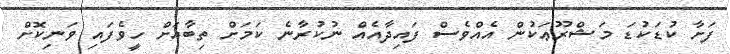
ފަށާ ކުޑަކުޑަ މަޝްރޫޢަކުން އެއްވެސް ފައިދާއެއް ނުކުރާނެ ކަމަށް ތިބާއަށް ހީވެފައި ވަނިކޮށް